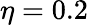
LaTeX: \eta=0.2